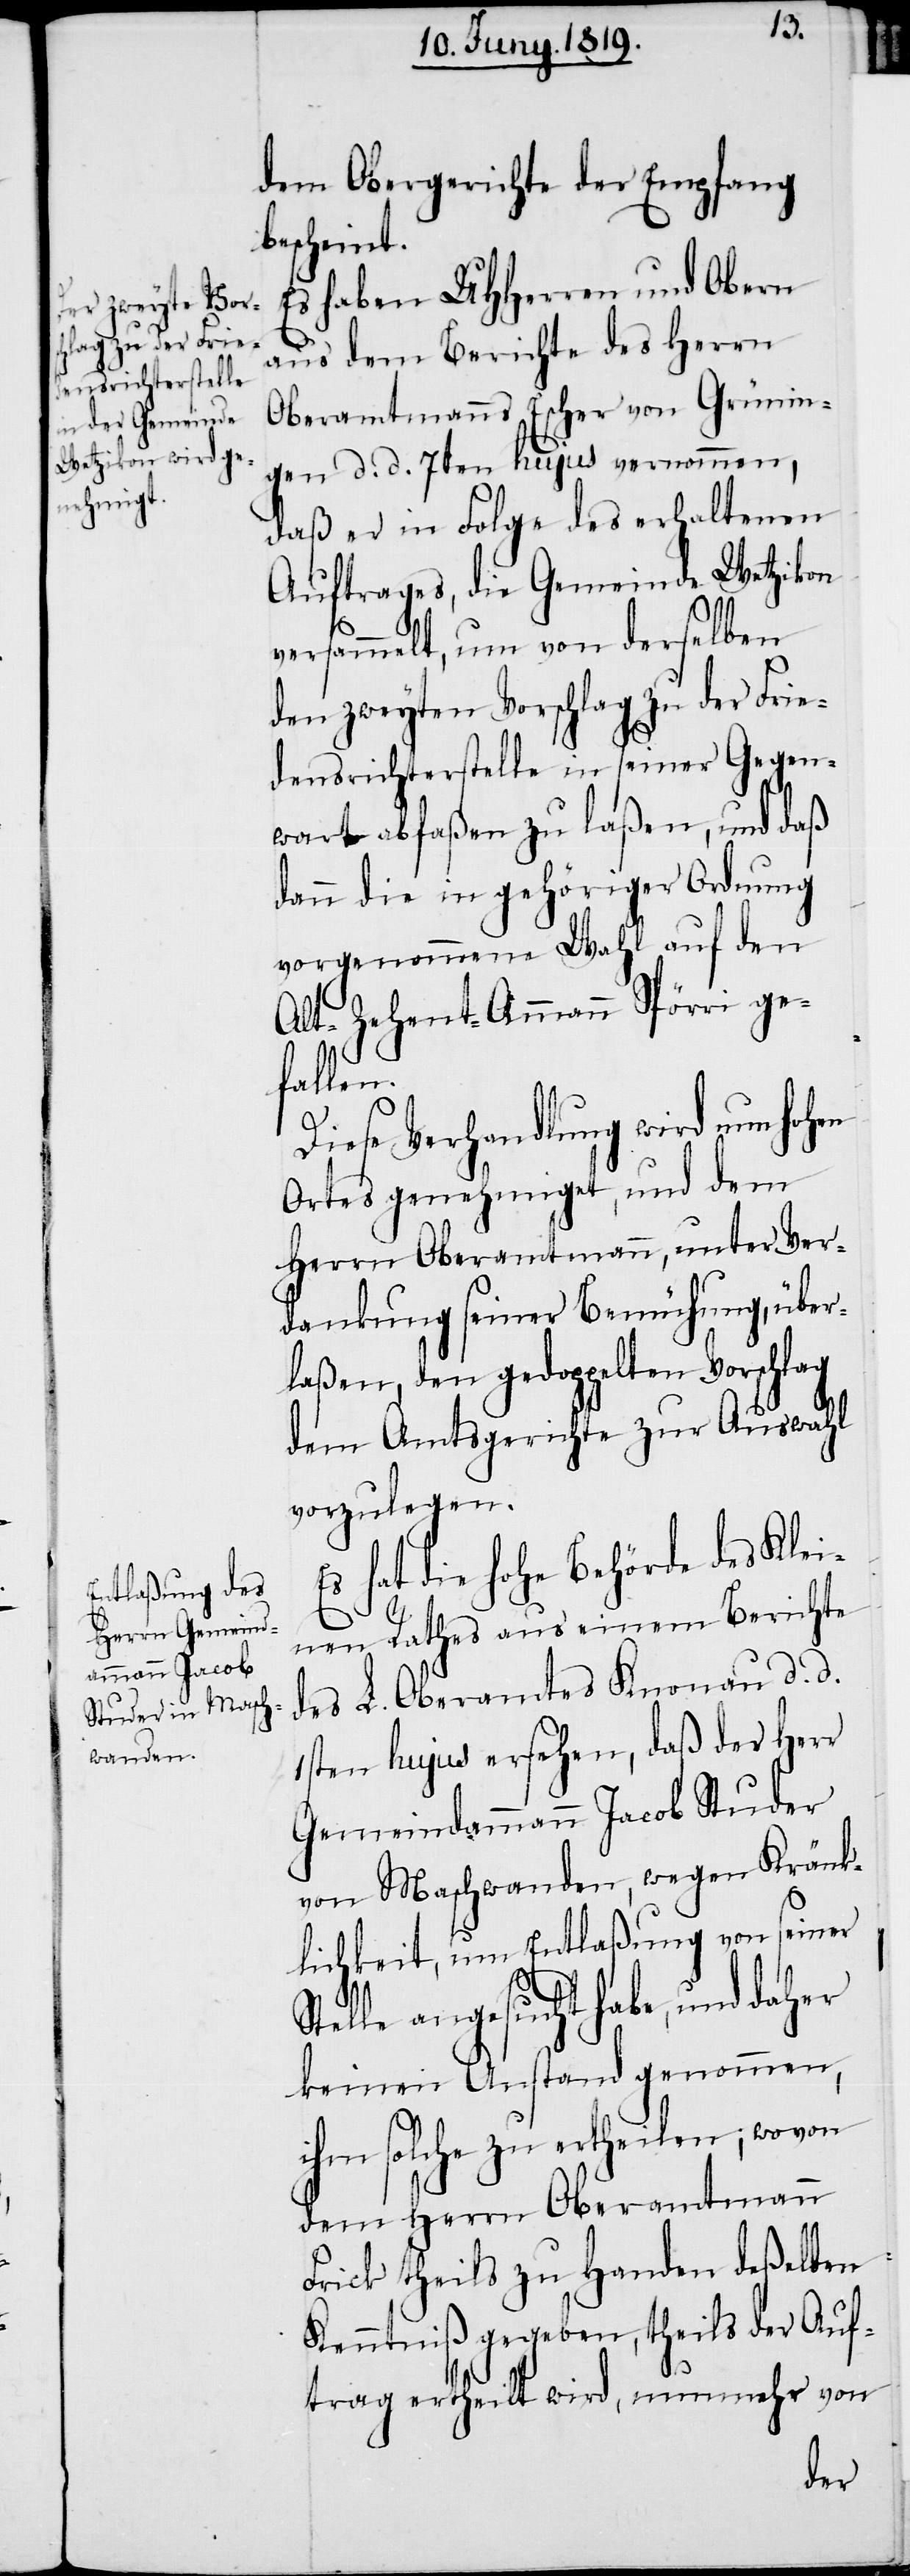
dem Obergerichte der Empfang
bescheint.
Es haben UHHerren und Obern
aus dem Berichte des Herrn
Oberamtmanns Escher von Grünin¬
gen d. d. 7ten hujus vernommen,
daß er in Folge des erhaltenen
Auftrages, die Gemeinde Wetzikon
versammelt, um von derselben
den zweyten Vorschlag zu der Frie¬
densrichterstelle in seiner Gegen¬
wart abfaßen zu laßen, und daß
dann die in gehöriger Ordnung
vorgenommene Wahl auf den
Alt-Zehent-Ammann Spörri ge¬
fallen.
Diese Verhandlung wird nun hohen
Ortes genehmiget, und dem
Herrn Oberamtmann, unter Ver¬
dankung seiner Bemühung, über¬
laßen, den gedoppelten Vorschlag
dem Amtsgerichte zur Auswahl
vorzulegen.
hat die hohe Behörde des Klei¬
nen Rathes aus einem Berichte
des L. Oberamtes Knonau d. d.
1sten hujus ersehen, daß der Herr
Gemeindammann Jacob Studer
von Maschwanden, wegen Kränk¬
lichkeit, um Entlaßung von seiner
Stelle angesucht habe, und daher
keinen Anstand genommen,
ihm solche zu ertheilen; wovon
dem Herrn Oberamtmann
Frick theils zu Handen deßelben
Kenntniß gegeben, theils der Auf¬
trag ertheilt wird, nunmehr von